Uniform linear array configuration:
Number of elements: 16
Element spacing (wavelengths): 1
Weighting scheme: cosine
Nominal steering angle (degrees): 0
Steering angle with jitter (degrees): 0.3825
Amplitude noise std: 0.05
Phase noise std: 0.05

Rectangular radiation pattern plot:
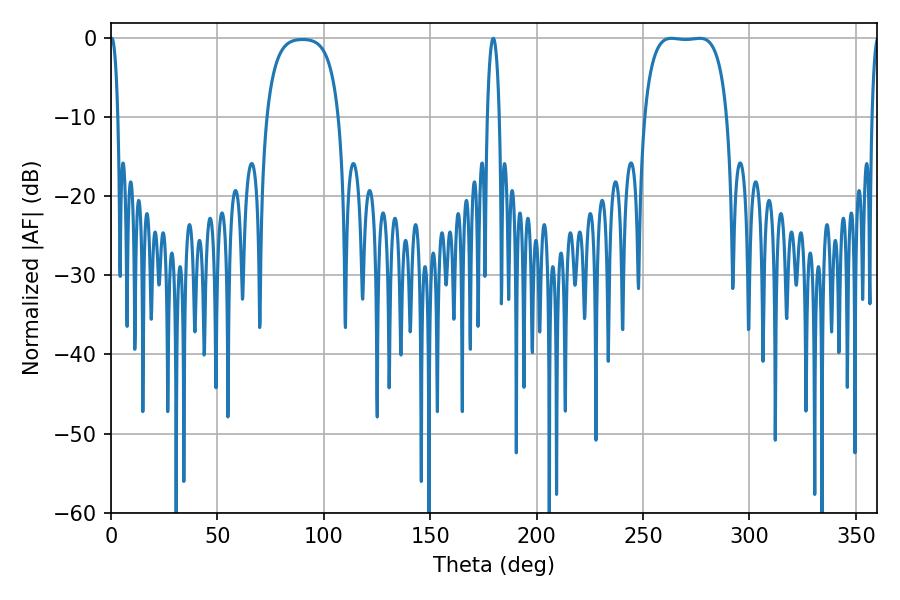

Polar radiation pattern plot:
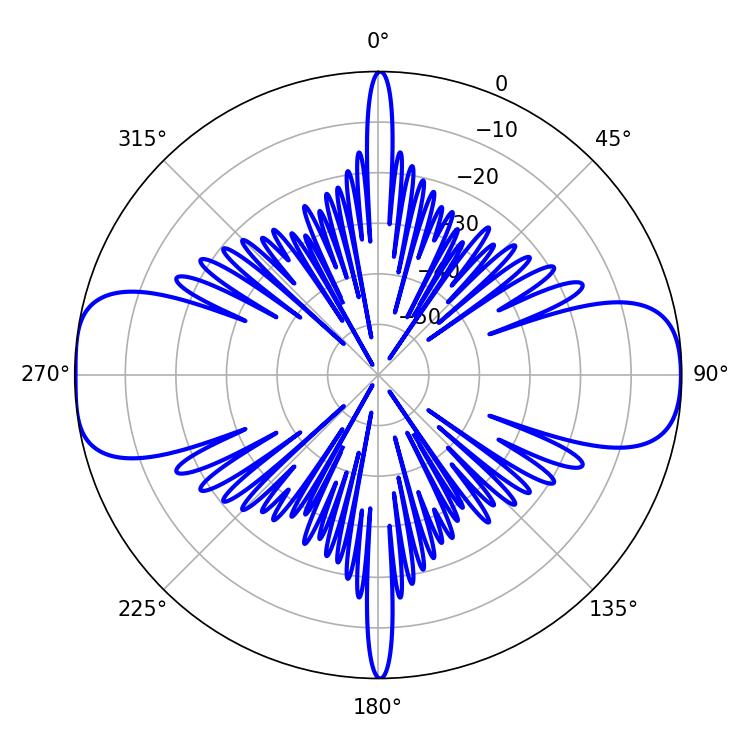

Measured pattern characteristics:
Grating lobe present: TRUE
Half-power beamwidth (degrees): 30.6
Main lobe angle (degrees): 263.34